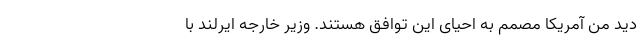
دید من آمریکا مصمم به احیای این توافق هستند. وزیر خارجه ایرلند با